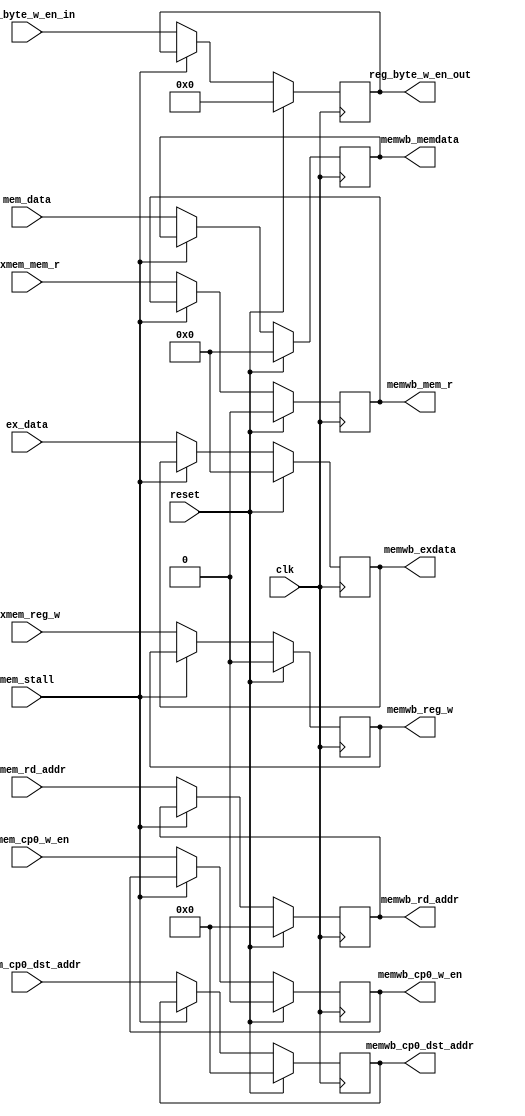
`timescale 1ns / 1ps
//////////////////////////////////////////////////////////////////////////////////
// Company:  Nanjing University CS 2013
// 
// Design Name: 
// Module Name: memwb_reg
// Project Name: 
// Target Devices: 
// Tool Versions: 
// Description: 
// 
// Dependencies: 
// 
// Revision:
// Revision 0.01 - File Created
// Additional Comments:
// 
//////////////////////////////////////////////////////////////////////////////////


module memwb_reg(
    input clk,
    input reset,
    input mem_stall,
    input exmem_mem_r,
    input exmem_reg_w,
    input [3:0] reg_byte_w_en_in,
    input [4:0] exmem_rd_addr,
    input [31:0] mem_data,
    input [31:0] ex_data,
    input [4:0] exmem_cp0_dst_addr,
    input exmem_cp0_w_en,
    output reg memwb_mem_r,
    output reg memwb_reg_w,
    output reg [3:0] reg_byte_w_en_out,
    output reg [4:0] memwb_rd_addr,
    output reg [31:0] memwb_memdata,
    output reg [31:0] memwb_exdata,
    output reg [4:0] memwb_cp0_dst_addr,
    output reg memwb_cp0_w_en
    );

    always@(negedge clk) begin
        if (reset) begin
            memwb_mem_r         <= 0;
            memwb_reg_w         <= 0;
            reg_byte_w_en_out   <= 0;
            memwb_rd_addr       <= 0;
            memwb_memdata       <= 0;
            memwb_exdata        <= 0;
            memwb_cp0_dst_addr  <= 0;
            memwb_cp0_w_en      <= 0;
        end
        else if ( !mem_stall ) begin
            memwb_mem_r         <= exmem_mem_r;
            memwb_reg_w         <= exmem_reg_w;
            reg_byte_w_en_out   <= reg_byte_w_en_in;
            memwb_rd_addr       <= exmem_rd_addr;
            memwb_memdata       <= mem_data;
            memwb_exdata        <= ex_data;
            memwb_cp0_dst_addr  <= exmem_cp0_dst_addr;
            memwb_cp0_w_en      <= exmem_cp0_w_en;
        end
    end
endmodule